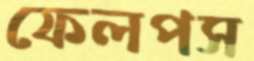
ফেলপস